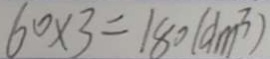
6 0 \times 3 = 1 8 0 ( d m ^ { 3 } )